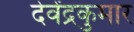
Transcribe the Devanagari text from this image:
देवेंद्रकुमार